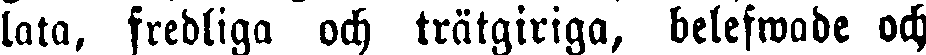
lata, fredliga och trätgiriga, belefwade och